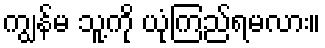
ကျွန်မ သူ့ကို ယုံကြည်ရမလား။